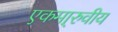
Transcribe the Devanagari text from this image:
एकमा्रुवीय